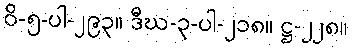
ဝိ-၅-ပါ-၂၉၃။ ဒီဃ-၃-ပါ-၂၁၈။ ဋ္ဌ-၂၂၈။